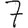
Digit: 7